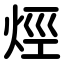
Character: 烴